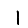
Digit: 1